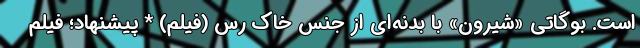
است. بوگاتی «شیرون» با بدنه‌ای از جنس خاک رس (فیلم) * پیشنهاد؛ فیلم‌